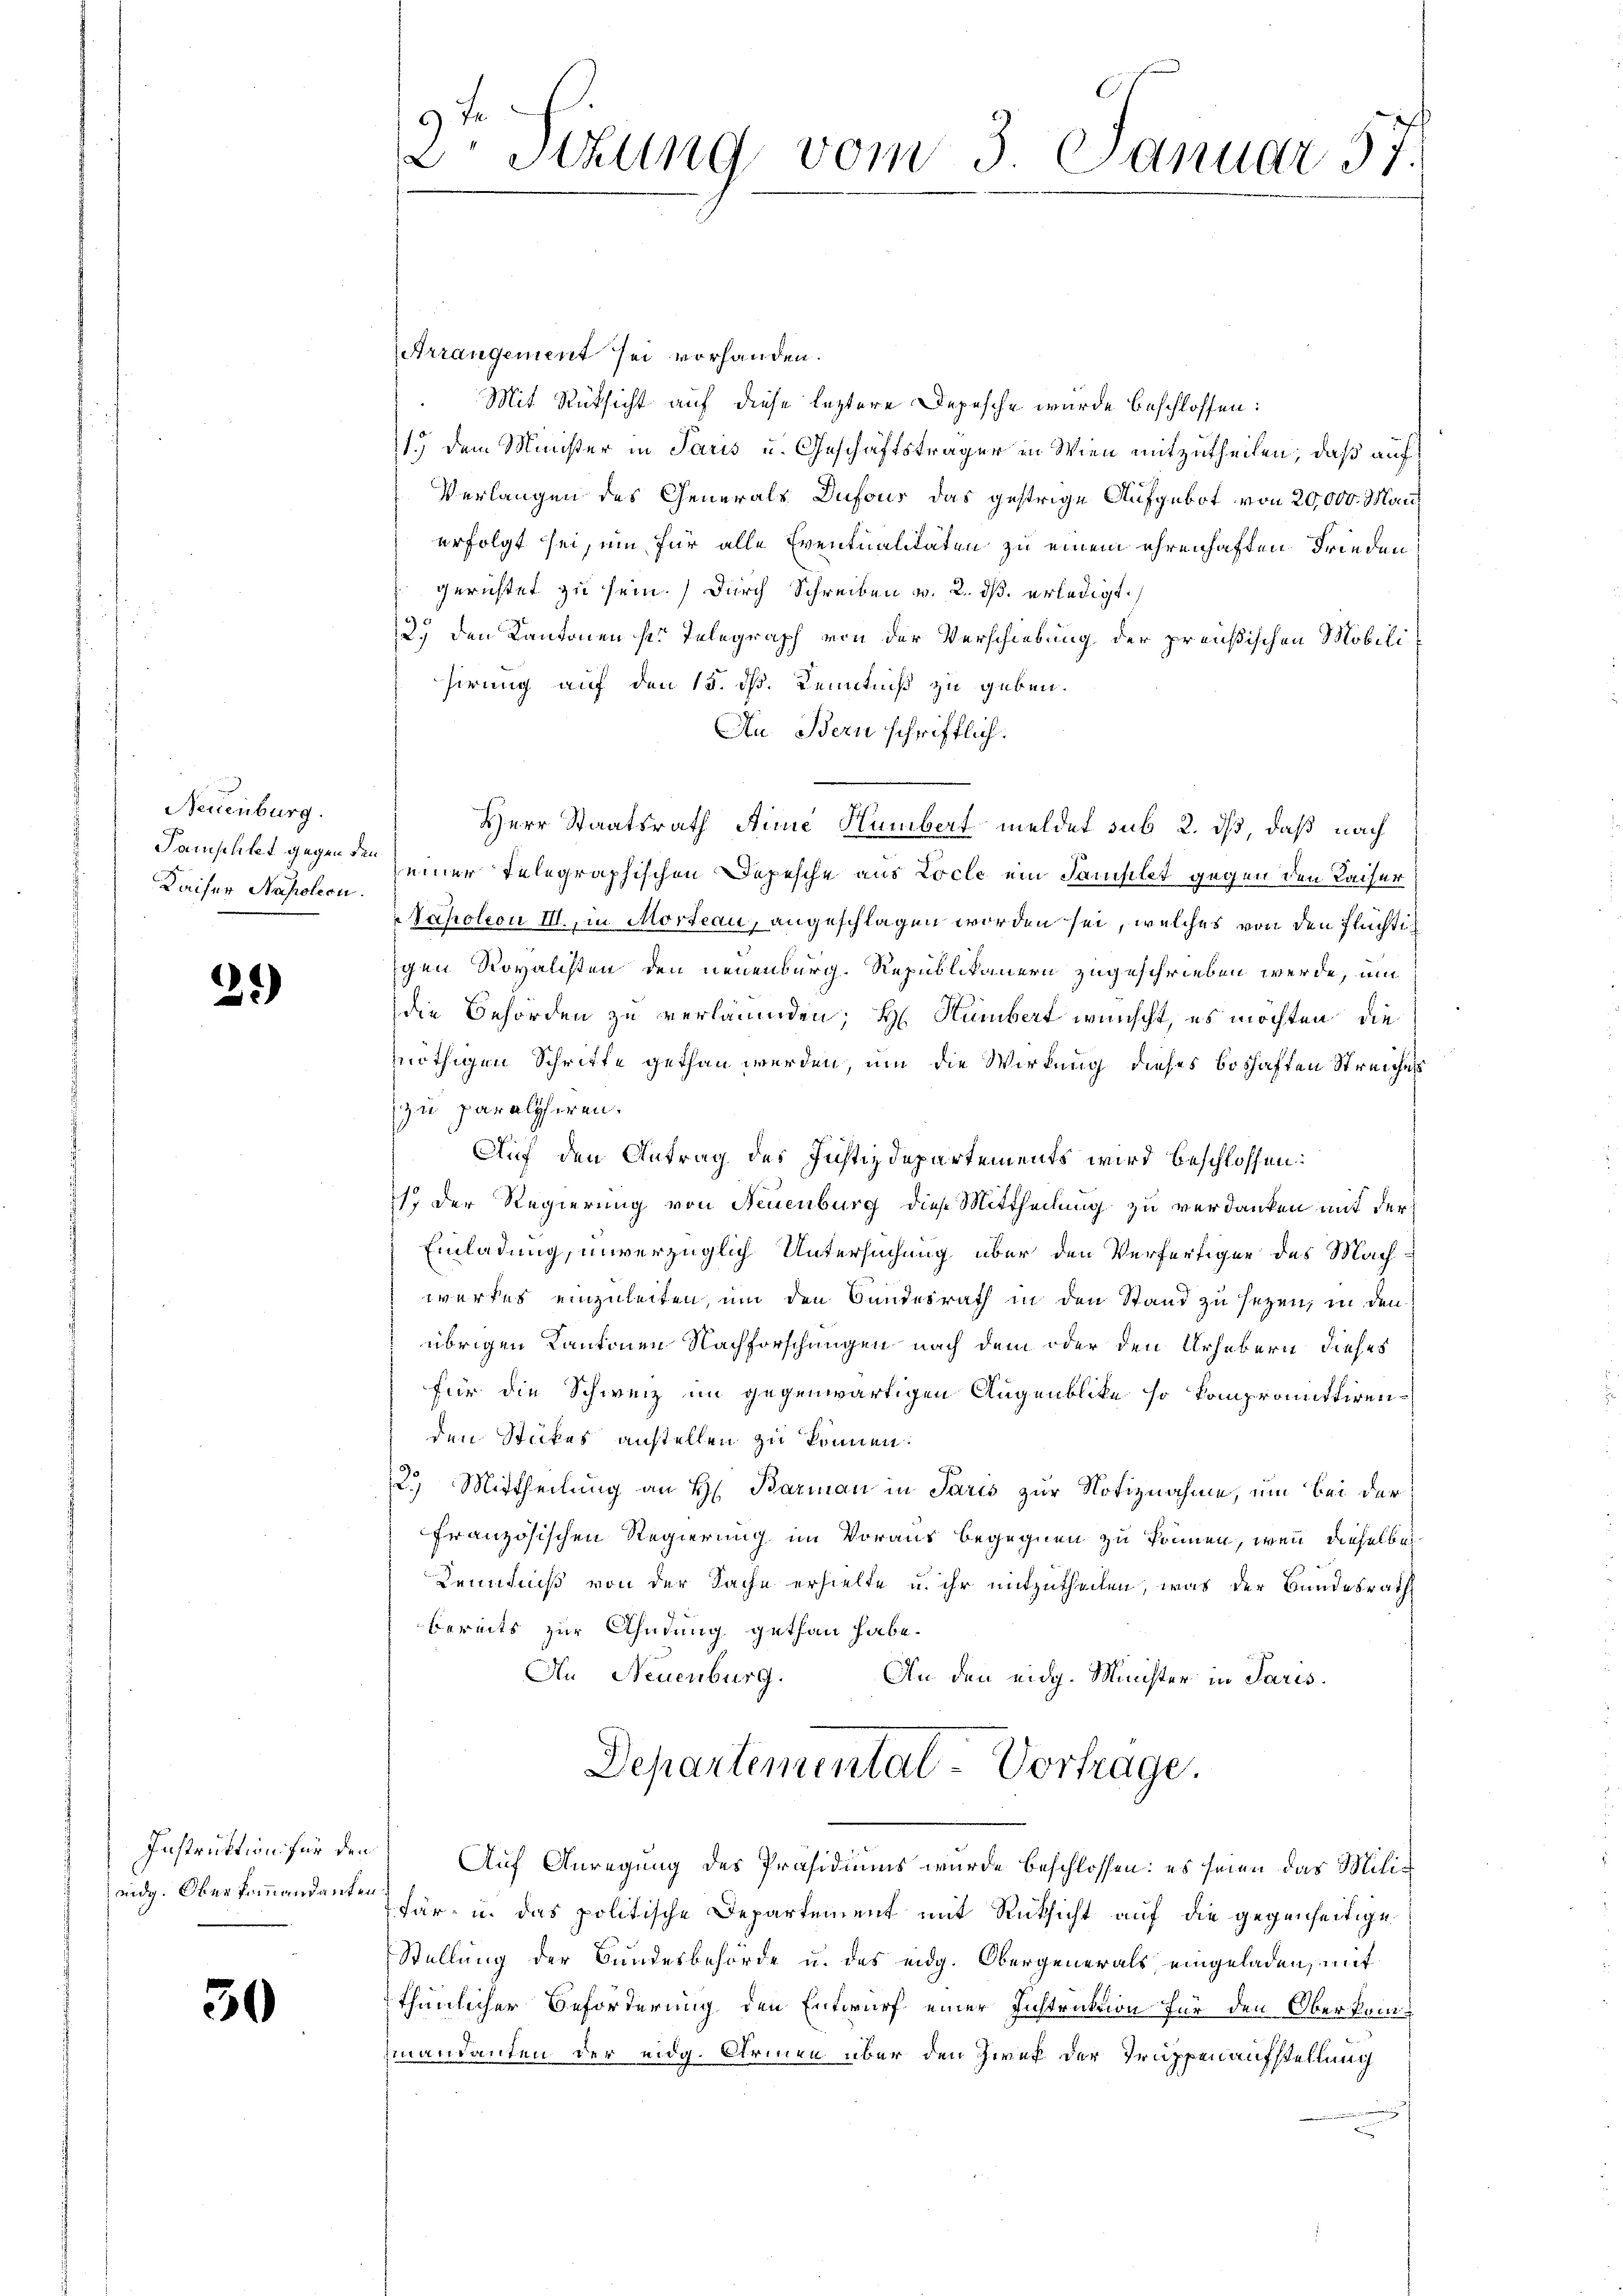
Neuenburg.
Pamphlet gegen den
Kaiser Napoleon.

2)

eidg. Oberkommandanten.

30

Arrangement sei vorhanden.
Mit Rücksicht auf diese leztere Depesche wurde beschlossen:
1.) Dem Minister in Paris u. Geschäftsträger in Wien mitzutheilen, daß auf
Verlangen des Generals Dufous das gestrige Aufgebot von 20,000. Man
erfolgt sei, um für alle Eventualitäten zu einem ehrenhaften Frieden
gerichtet zu sein.) Durch Schreiben v. 2. ds. erledigt.
2.) Den Kantonen sei Telegraph von der Verschiebung der preußischen Mobilisirung auf den 15. dh. Kenntniß zu geben.
An Bern schriftlich.
Herr Staatsrath Aime Humbert meldet sub 2. ds, daß nach
seiner Telegraphischen Depesche aus Locle ein Samsilet gegen den Kaiser
Napoleon III., in Morteau, angeschlagen worden sei, welches von den Flüchtiigen Rovalisten den neuenburg. Republikanern zugeschrieben werde, um
die Behörden zu verläumden; H. Humbert wünscht, es möchten, die
nöthigen Schritte gethan werden, um die Wirkung dieses boshaften Streiches
zu paralysiren.
blich den Antrag des Justizdepartements wird beschlossen:
s; der Regierung von Neuenburg diese Mittheilung zu verdanken mit der
Einladung, unverzüglich Untersuchung über den Verfertiger des Machwerkes einzuleiten, um den Bundesrath in den Stand zu sezen, in den
übrigen Kantonen Nachforschungen nach dem oder den Urhebern dieses
für die Schweiz im gegenwärtigen Augenblicke so kompromittirenden Stickes anstellen zu können.
2.) Mittheilung an H. Barmann in Paris zur Notiznahme, um bei der
französischen Regierung im Voraus begegnen zu können, wenn dieselber
Kenntniß von der Sache erhielte u. ihr mitzutheilen, was der Bundesrath
bereits zur Ahndung gethan habe.
An Neuenburg.
An den eidg. Minister in Paris.
Departementat-Vortrage.
Instruktion für den Auf Anregung des Präsidiums wurde beschlossen: es seien das Milit
Für in das politische Departement mit Rücksicht auf die gegenseitige
Stellung der Bundesbehörde u. des eidg. Obergenerals eingeladen, mit
thunlicher Beförderung den Entwurf einer Instruktion für den Oberkommandanten der eidg. Armen über den Zwek der Truppenaufstellung

9 Fr
2 Sitzung vom 3. Januar 57.